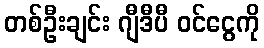
တစ်ဦးချင်း ဂျီဒီပီ ဝင်ငွေကို